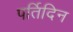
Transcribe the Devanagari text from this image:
पर्तिदिन